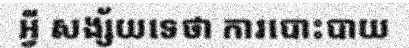
អ្វី សង្ស័យទេថា ការបោះបាយ